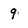
Character: 9